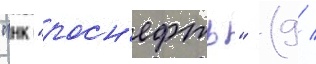
"нк "росн'ефть" (9 /